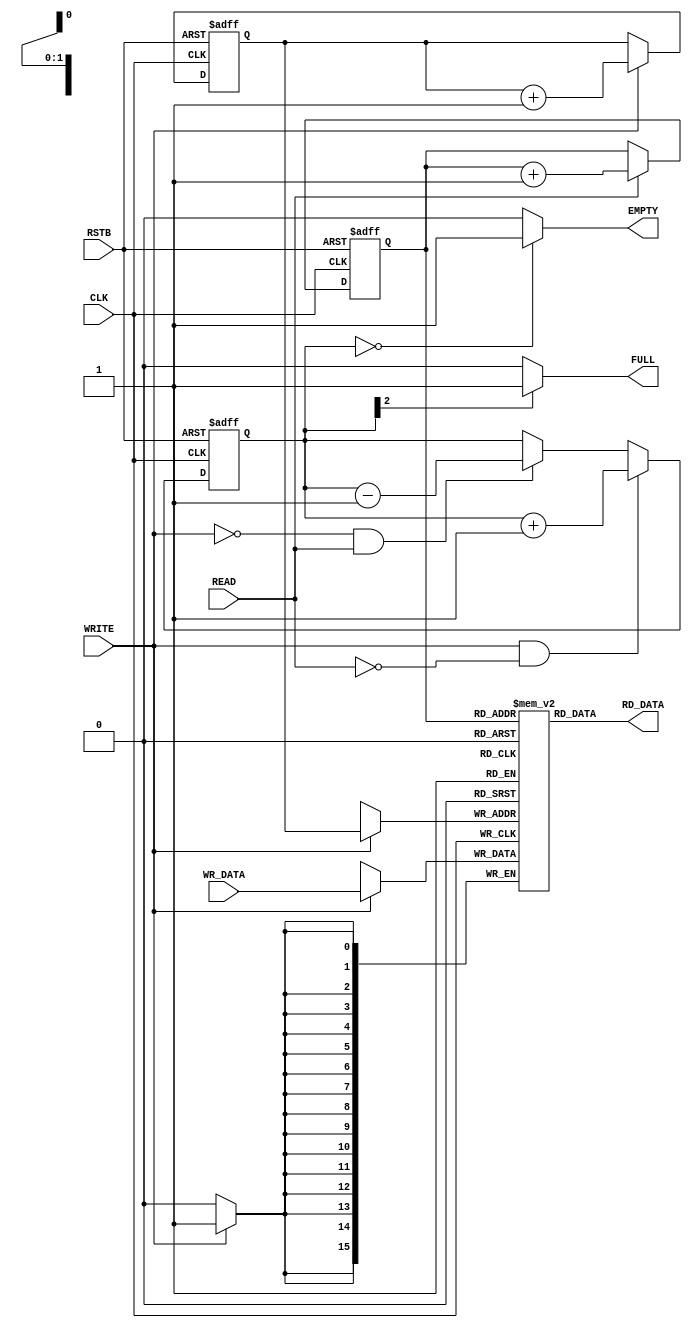
//===========================================================================
module sync_fifo #(parameter Dwidth = 16, Ddepth = 2)(
	input               WRITE ,
	input  [Dwidth-1:0] WR_DATA ,
	input               READ ,  
	output [Dwidth-1:0] RD_DATA ,
	output              FULL , 
	output              EMPTY ,
	input               CLK , 
	input               RSTB
);
//===========================================================================
//===========================================================================
reg	 [Ddepth-1:0]   wr_addr, nwr_addr;
reg	 [Ddepth-1:0]   rd_addr, nrd_addr;
reg	 [Ddepth  :0]   count, ncount;
reg	 [Dwidth-1:0]	fiforeg [0:2^Ddepth-1];
//===========================================================================
//===========================================================================
always @(WRITE or READ or count) begin
	if (WRITE && ~READ) ncount = count + 1;
	else if (~WRITE & READ) ncount = count - 1;
	else ncount = count;
end
//===========================================================================
//===========================================================================
always @( WRITE or wr_addr or READ or rd_addr ) begin
	nwr_addr = wr_addr;
	if (WRITE) begin
		nwr_addr = wr_addr + 1;
	end 
end
//===========================================================================
always @( WRITE or wr_addr or READ or rd_addr ) begin
	nrd_addr = rd_addr;
	if (READ) begin
		nrd_addr = rd_addr + 1;
	end 
end
//===========================================================================
//===========================================================================
always @(posedge CLK or negedge RSTB) begin
    if (~RSTB) begin
		wr_addr			<= 0;
		rd_addr			<= 0;
		count			<= 0;
    end
    else begin
		wr_addr			<= nwr_addr;
		rd_addr			<= nrd_addr;
		count			<= ncount;
    end
end
//===========================================================================
always @(posedge CLK) begin
	if (WRITE) begin
    	fiforeg[wr_addr]	<= WR_DATA;
	end
end
//===========================================================================
//===========================================================================
assign	FULL		= count[Ddepth] ? 1'b1 : 1'b0;
assign	EMPTY		= (count == 0)  ? 1'b1 : 1'b0;
assign  RD_DATA     = fiforeg[rd_addr];
//===========================================================================
//===========================================================================
endmodule
//===========================================================================